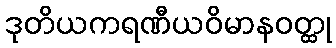
ဒုတိယကရဏီယဝိမာနဝတ္ထု